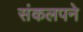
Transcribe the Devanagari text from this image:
संकलपने